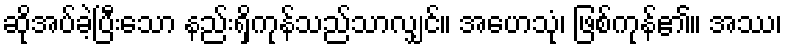
ဆိုအပ်ခဲ့ပြီးသော နည်းရှိကုန်သည်သာလျှင်။ အဟေသုံ၊ ဖြစ်ကုန်၏။ အဿ၊